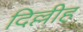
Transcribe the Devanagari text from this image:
दिल्लीह